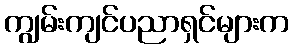
ကျွမ်းကျင်ပညာရှင်များက